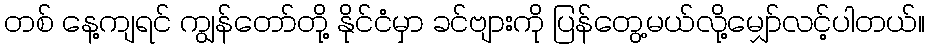
တစ် နေ့ကျရင် ကျွန်တော်တို့ နိုင်ငံမှာ ခင်ဗျားကို ပြန်တွေ့မယ်လို့မျှော်လင့်ပါတယ်။